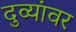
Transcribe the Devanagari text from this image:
दुव्यांवर